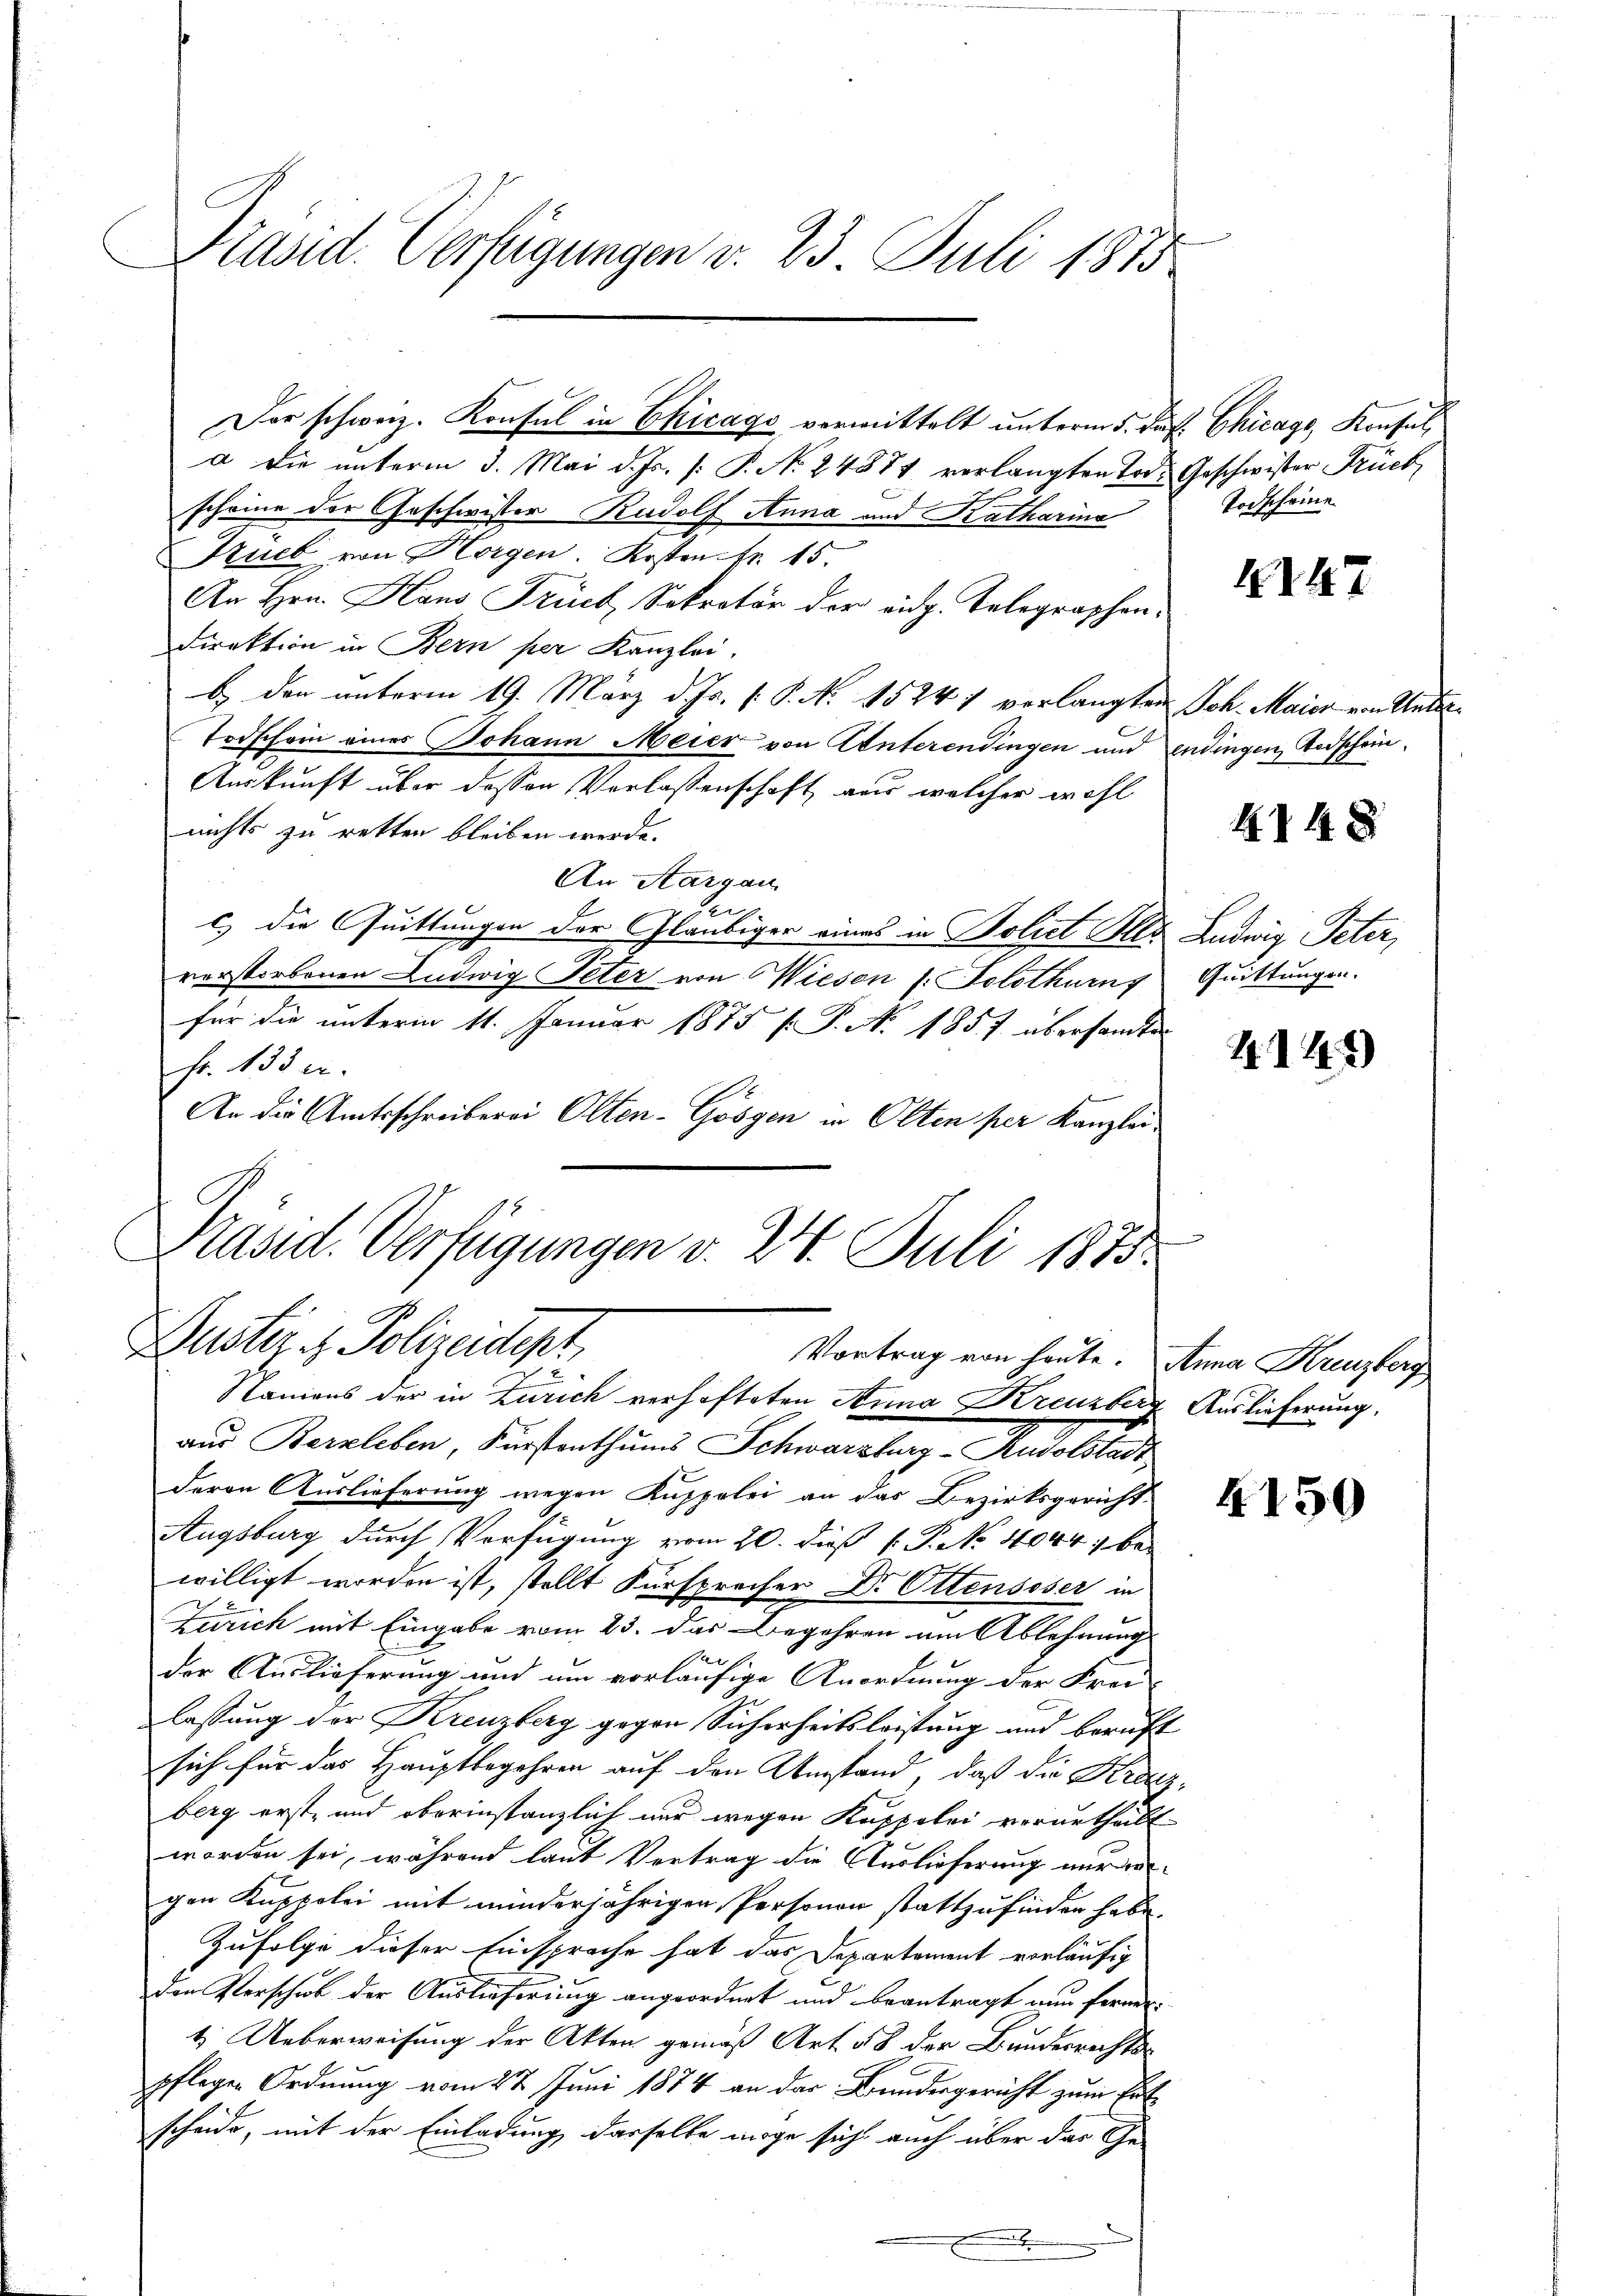
Präsid. Verfügungen v. 23 Juli 1873

Der schweiz. Konsul in Chicago vermittelt unterm 5. Jak. Chicago, Konsul
a die unterm 3. Mai d. Js. [: P. No. 24881 verlangten Tod. Geschwister Früch
scheine der Geschwister Rudolf Anna und Katharina
 Tuch von Horgen. Kosten. Fr. 15.
An Hrn. Hans Frick, Sekretär der eidg. Telegraphen¬
Direktion in Bern per Kanzlei.
b. den unterm 19. März d. Js. f. P. N. 1524 7 verlangten Joh. Maier von Unter¬
Todschein eines Johann Meier von Unterendingen und endingen Todschein¬
Auskunft über dessen Verlassenschaft aus welcher wohl
nichts zu retten bleiben werde.
An Aargau
den
c.) die Quittungen der Gläubiger eines in Poliet Ill. Ludwig Peter,
verstorbenen Ludwig Peter von Wiesen s. Solothurns Quittungen.
für die unterm 11. Januar 1875 f. P. No 1857 übersandte
fr. 133 u.
An die Amtsschreiberei Olten-Gösgen in Olten per Kanzlei¬
¬
Präsid. Verfügungen v. 24. Juli 1875.

Puster - Polizeidept,
Vortrag von heute. Anna Krenzberg

Todscheine

4147

4148

Nanions der in Zürich verhafteten Anna Kreuzberg Auslieferung,
aus Bernleben, Fürstenthums Schwarzburg - Rudolstadt,
deren Auslieferung wegen Kuppelei an das Bezirksgericht
Augsburg durch Verfügung vom 20. dieß P. P. No 4044, bewilligt worden ist, stellt Fürsprecher Dr. Ottensoser in
Zürich mit Eingabe vom 23. das Begehren am Ablehnung
der Auslieferung und um vorläufige Anordnung der Frei-
lassung der Kreuzberg gegen Sicherheitsleistung und beruft
sich für das Hauptbegehren auf den Umstand, daß die Kratz,
berg erst- und oberinstanzlich nur wegen Kappelei verurthalt
worden sei, während laut Vertrag die Auslieferung vergen Kuppelei mit minderjährigen Personen stattzufinden habe.
Zufolge dieser Einspreche hat das Departement vorläufig
den Verschick der Auslieferung angeordnet und beantragt nun ferner:
4. Ueberweisung der Akten gemäß Art. 58 der Bundesrechtspflegen Ordnung vom 22 Juni 1874 an das Bundesgericht zum Ert
scheide, mit der Einladung dasselbe möge sich auch über das Ge-

414)

4150